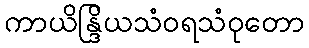
ကာယိန္ဒြိယသံဝရသံဝုတော